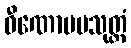
ဝီဏောပမသုတ္တံ